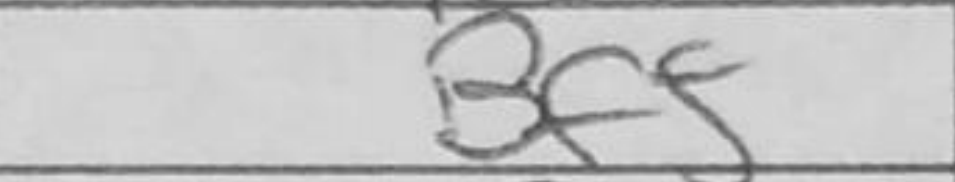
Transcription: Bf5